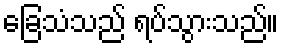
ခြေသံသည် ရပ်သွားသည်။